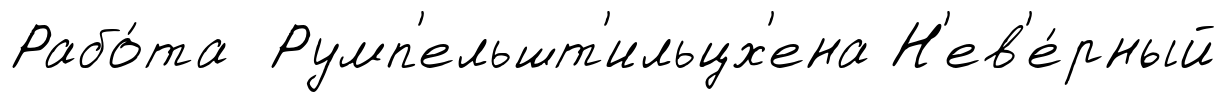
Рабо́та Румп'ельшт'ильцх'ена Н'ев'е́рный